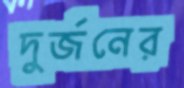
দুর্জনের